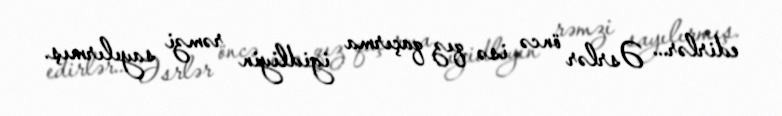
edirlər... Əsrlər öncə isə qız qaçırma igidliyin rəmzi sayılırmış.